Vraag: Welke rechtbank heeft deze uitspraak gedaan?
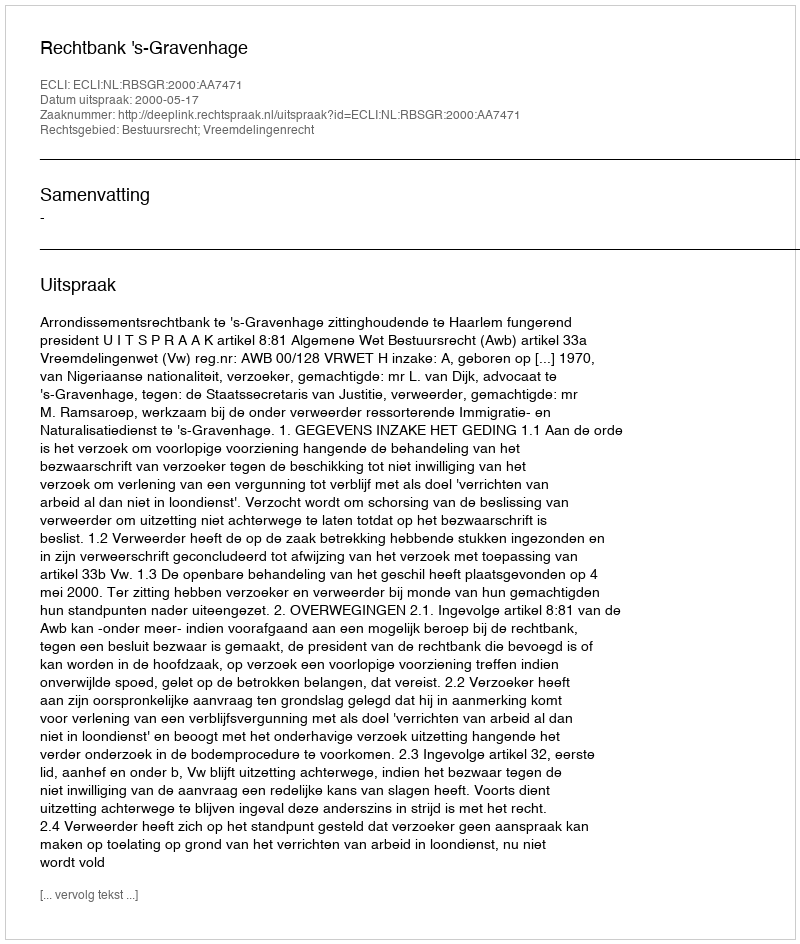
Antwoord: Rechtbank 's-Gravenhage